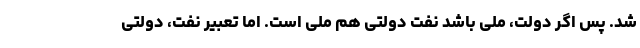
شد. پس اگر دولت، ملی باشد نفت دولتی هم ملی است. اما تعبیر نفت، دولتی